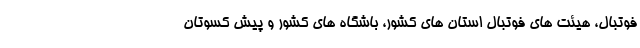
فوتبال، هیئت های فوتبال استان های کشور، باشگاه های کشور و پیش کسوتان